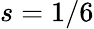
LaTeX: s=1/6